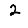
Digit: 2